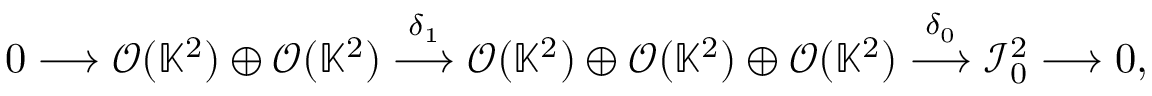
0 \longrightarrow \mathcal { O } ( \mathbb { K } ^ { 2 } ) \oplus \mathcal { O } ( \mathbb { K } ^ { 2 } ) \stackrel { \delta _ { 1 } } { \longrightarrow } \mathcal { O } ( \mathbb { K } ^ { 2 } ) \oplus \mathcal { O } ( \mathbb { K } ^ { 2 } ) \oplus \mathcal { O } ( \mathbb { K } ^ { 2 } ) \stackrel { \delta _ { 0 } } { \longrightarrow } \mathcal { I } _ { 0 } ^ { 2 } \longrightarrow 0 ,